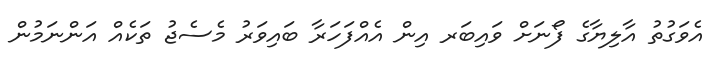
އެވަގުތު އާލިޔާގެ ފޯނަށް ވައިބަރ އިން އެއްފަހަރާ ބައިވަރު މެސެޖު ތަކެއް އަންނަމުން